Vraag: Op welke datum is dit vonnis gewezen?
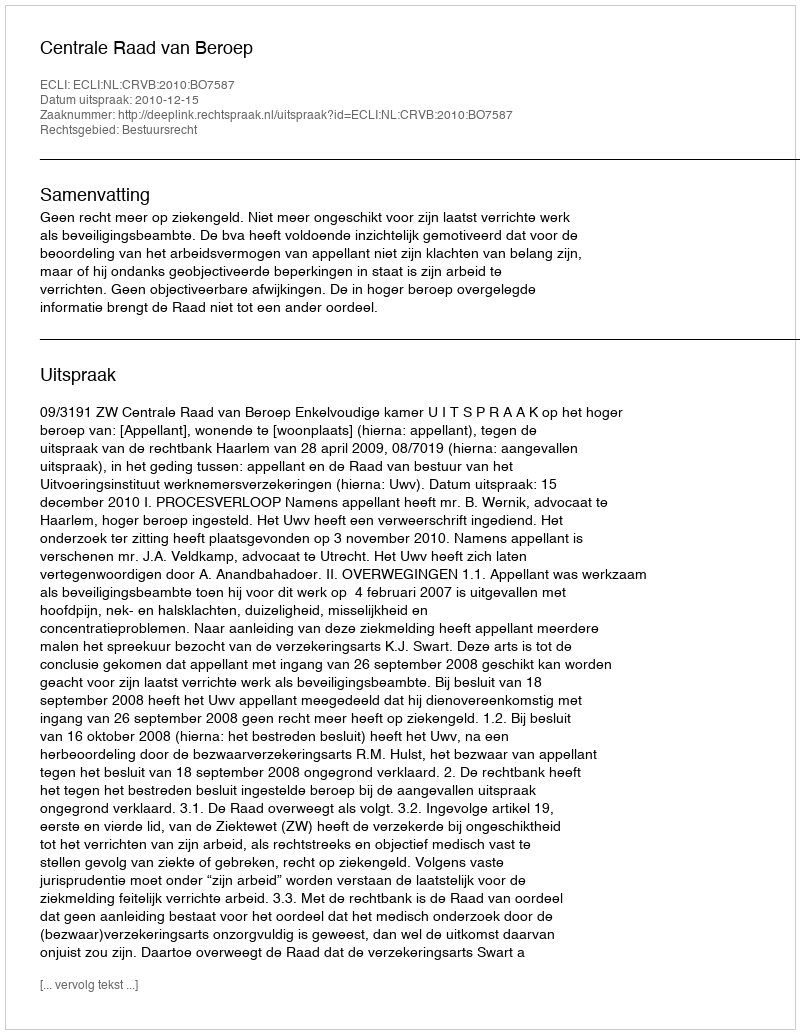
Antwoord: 2010-12-15